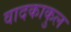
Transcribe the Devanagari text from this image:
वादकाकुल